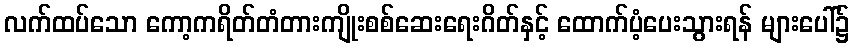
လက်ထပ်သော ကော့ကရိတ်တံတားကျိုးစစ်ဆေးရေးဂိတ်နှင့် ထောက်ပံ့ပေးသွားရန် များပေါ်၌